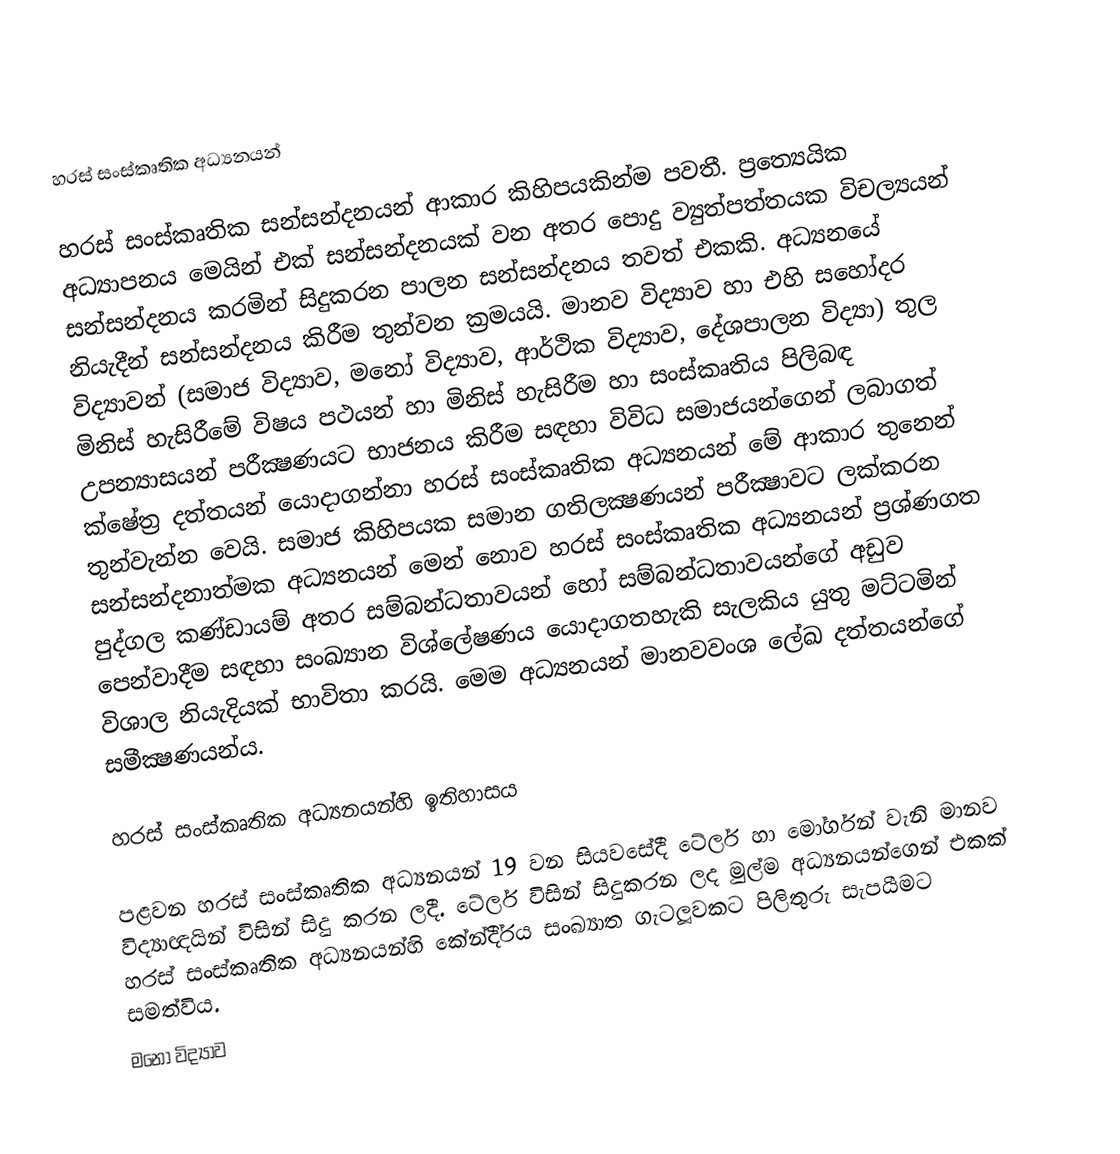
හරස් සංස්කෘතික අධ්‍යනයන්

හරස් සංස්කෘතික සන්සන්දනයන් ආකාර කිහිපයකින්ම පවතී. ප‍්‍රත්‍යෙයික අධ්‍යාපනය මෙයින් එක් සන්සන්දනයක් වන අතර පොදු ව්‍යුත්පත්තයක විචල්‍යයන් සන්සන්දනය කරමින් සිදුකරන පාලන සන්සන්දනය තවත් එකකි. අධ්‍යනයේ නියැදීන් සන්සන්දනය කිරීම තුන්වන ක‍්‍රමයයි. මානව විද්‍යාව හා එහි සහෝදර විද්‍යාවන් (සමාජ විද්‍යාව, මනෝ විද්‍යාව, ආර්ථික විද්‍යාව, දේශපාලන විද්‍යා) තුල මිනිස් හැසිරීමේ විෂය පථයන් හා මිනිස් හැසිරීම හා සංස්කෘතිය පිලිබඳ උපන්‍යාසයන් පරීක්‍ෂණයට භාජනය කිරීම සඳහා විවිධ සමාජයන්ගෙන් ලබාගත් ක්ෂේත‍්‍ර දත්තයන් යොදාගන්නා හරස් සංස්කෘතික අධ්‍යනයන් මේ ආකාර තුනෙන් තුන්වැන්න වෙයි. සමාජ කිහිපයක සමාන ගතිලක්‍ෂණයන් පරීක්‍ෂාවට ලක්කරන සන්සන්දනාත්මක අධ්‍යනයන් මෙන් නොව හරස් සංස්කෘතික අධ්‍යනයන් ප‍්‍රශ්ණගත පුද්ගල කණ්ඩායම් අතර සම්බන්ධතාවයන් හෝ සම්බන්ධතාවයන්ගේ අඩුව පෙන්වාදීම සඳහා සංඛ්‍යාන විශ්ලේෂණය යොදාගතහැකි සැලකිය යුතු මට්ටමින් විශාල නියැදියක් භාවිතා කරයි. මෙම අධ්‍යනයන් මානවවංශ ලේඛ දත්තයන්ගේ සමීක්‍ෂණයන්ය.

හරස් සංස්කෘතික අධ්‍යනයන්හි ඉතිහාසය

පළවන හරස් සංස්කෘතික අධ්‍යනයන් 19 වන සියවසේදී ටේලර් හා මෝර්ගන් වැනි මානව විද්‍යාඥයින් විසින් සිදු කරන ලදී. ටේලර් විසින් සිදුකරන ලද මුල්ම අධ්‍යනයන්ගෙන් එකක් හරස් සංස්කෘතික අධ්‍යනයන්හි කේන්දී‍්‍රය සංඛ්‍යාත ගැටලූවකට පිලිතුරු සැපයීමට සමත්විය.
මනෝ විද්‍යාව